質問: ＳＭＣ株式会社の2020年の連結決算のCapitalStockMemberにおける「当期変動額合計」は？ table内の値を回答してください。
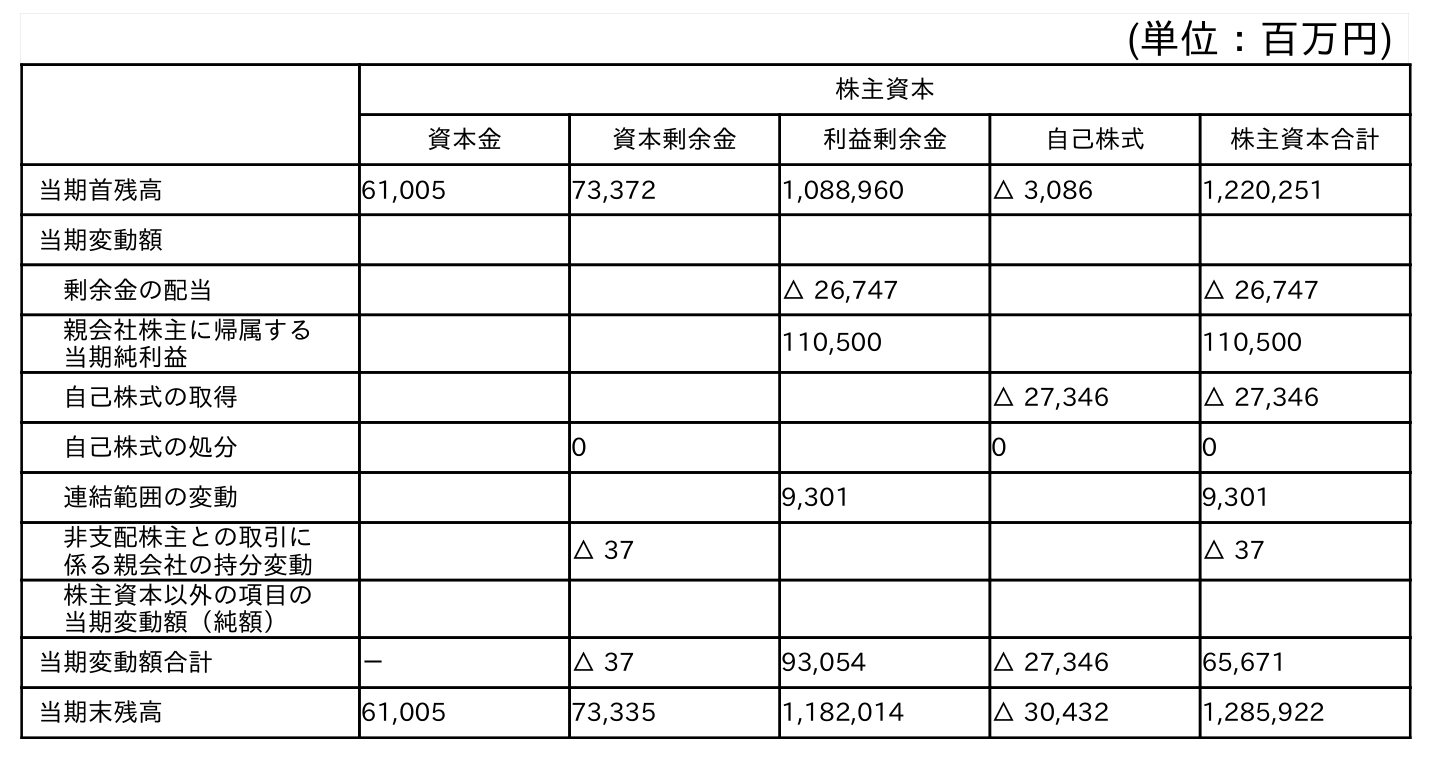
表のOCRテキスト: (単位：百万円) 株主資本 資本金 資本剰余金 利益剰余金 自己株式 株主資本合計 当期首残高 61,005 73,372 1,088,960 △ 3,086 1,220,251 当期変動額 剰余金の配当 △ 26,747 △ 26,747 親会社株主に帰属する 当期純利益 110,500 110,500 自己株式の取得 △ 27,346 △ 27,346 自己株式の処分 0 0 0 連結範囲の変動 9,301 9,301 非支配株主との取引に 係る親会社の持分変動 △ 37 △ 37 株主資本以外の項目の 当期変動額（純額） 当期変動額合計 － △ 37 93,054 △ 27,346 65,671 当期末残高 61,005 73,335 1,182,014 △ 30,432 1,285,922
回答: －